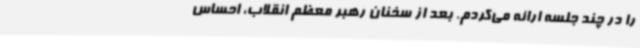
را در چند جلسه ارائه می‌کردم. بعد از سخنان رهبر معظم انقلاب، احساس